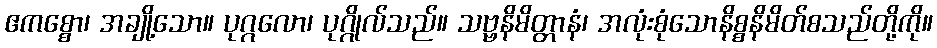
ဧကစ္စော၊ အချို့သော။ ပုဂ္ဂလော၊ ပုဂ္ဂိုလ်သည်။ သဗ္ဗနိမိတ္တာနံ၊ အလုံးစုံသောနိစ္စနိမိတ်စသည်တို့ကို။